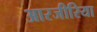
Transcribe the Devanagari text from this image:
आरजीरिया